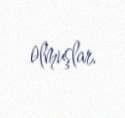
olmuşlar.